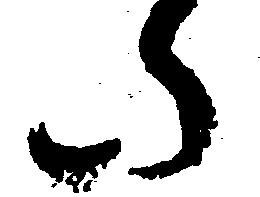
た